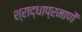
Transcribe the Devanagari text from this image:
श्राद्धाप्रमाणें